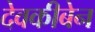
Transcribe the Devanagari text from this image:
देवकीबेन